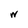
Character: W